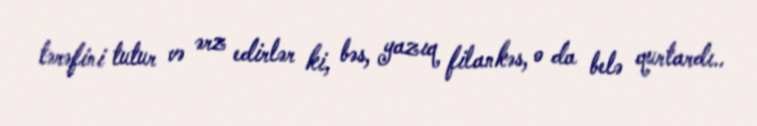
tərəfini tutur və ərz edirlər ki, bəs, yazıq filankəs, o da belə qurtardı..